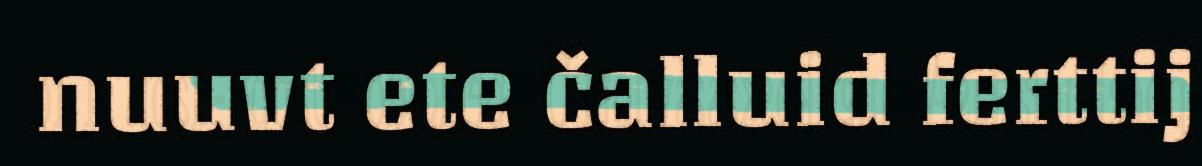
nuuvt ete čalluid ferttij